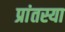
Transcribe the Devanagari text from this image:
प्रांतस्या